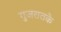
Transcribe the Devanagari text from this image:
गुजरातके